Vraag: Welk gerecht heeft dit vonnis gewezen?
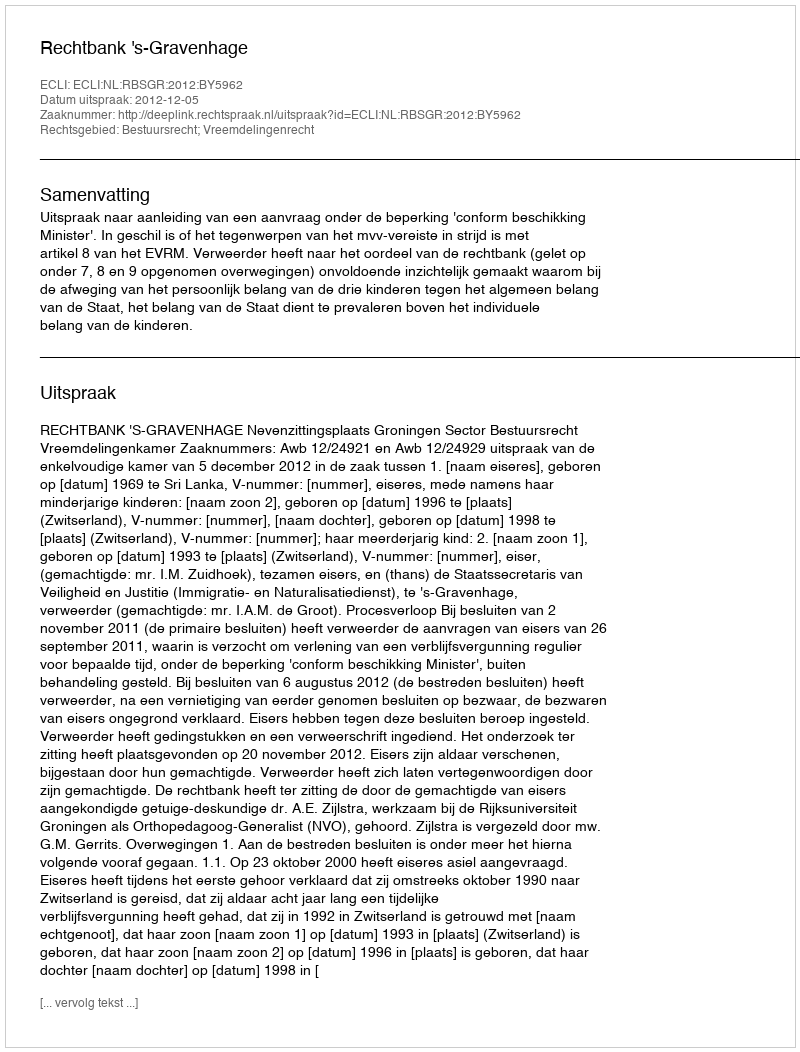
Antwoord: Rechtbank 's-Gravenhage